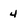
Character: 4